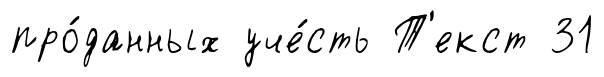
про́данных уче́сть Т'екст 31